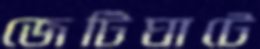
জেটিঘাটে